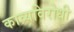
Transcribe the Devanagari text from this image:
काव्यविरोधी